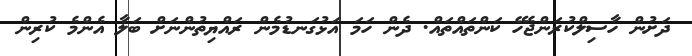
ދަށުން ހާސިލްކުރަންޖެހޭ ކަންތައްތައް. ދެން ހަމަ އަޅުގަނޑުމެން ރައްޔިތުންނަށް ބަލާ އެންމެ ކުރިން